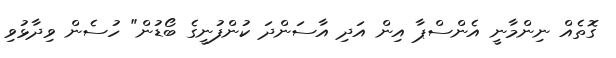
ގޮތެއް ނިންމާނީ އެންސްޕާ އިން އަދި އާސަންދަ ކުންފުނީގެ ބޯޑުން" ހުސެން ވިދާޅުވި